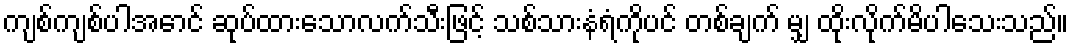
ကျစ်ကျစ်ပါအောင် ဆုပ်ထားသောလက်သီးဖြင့် သစ်သားနံရံကိုပင် တစ်ချက် မျှ ထိုးလိုက်မိပါသေးသည်။